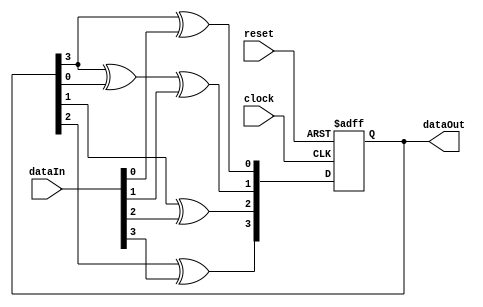
module MISR_4bit(dataIn,reset,clock,dataOut);
input [3:0] dataIn;
input reset,clock;  
output reg [3:0] dataOut;
reg [3:0] misr_temp;
always@(posedge clock or posedge reset)
begin
   if(reset == 1)
dataOut <= 4'b0000;
else
  begin
misr_temp = dataOut;
dataOut[0] = misr_temp[3] ^ dataIn[0];
dataOut[1] = misr_temp[3] ^ misr_temp[0] ^ dataIn[1];
dataOut[2] = misr_temp[1] ^ dataIn[2];
dataOut[3] = misr_temp[2] ^ dataIn[3];
  end
end
endmodule